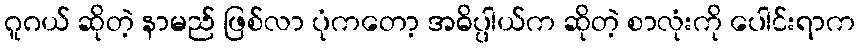
ဂူဂယ် ဆိုတဲ့ နာမည် ဖြစ်လာ ပုံကတော့ အဓိပ္ပါယ်က ဆိုတဲ့ စာလုံးကို ပေါင်းရာက